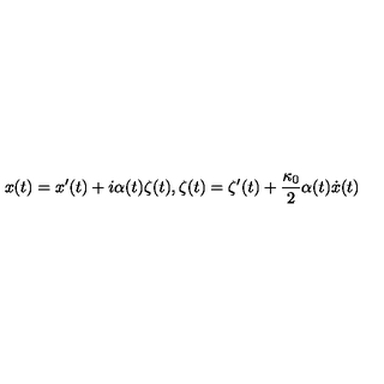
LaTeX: x ( t ) = x ^ { \prime } ( t ) + i \alpha ( t ) \zeta ( t ) , \zeta ( t ) = \zeta ^ { \prime } ( t ) + \frac { \kappa _ { 0 } } { 2 } \alpha ( t ) \dot { x } ( t )